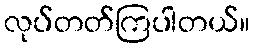
လုပ်တတ်ကြပါတယ်။